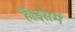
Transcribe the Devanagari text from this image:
हैं।इसमें